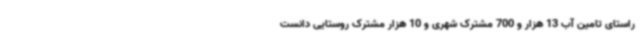
راستای تامین آب 13 هزار و 700 مشترک شهری و 10 هزار مشترک روستایی دانست